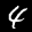
Label: 4